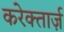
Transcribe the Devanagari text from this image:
करेक्तार्ज़